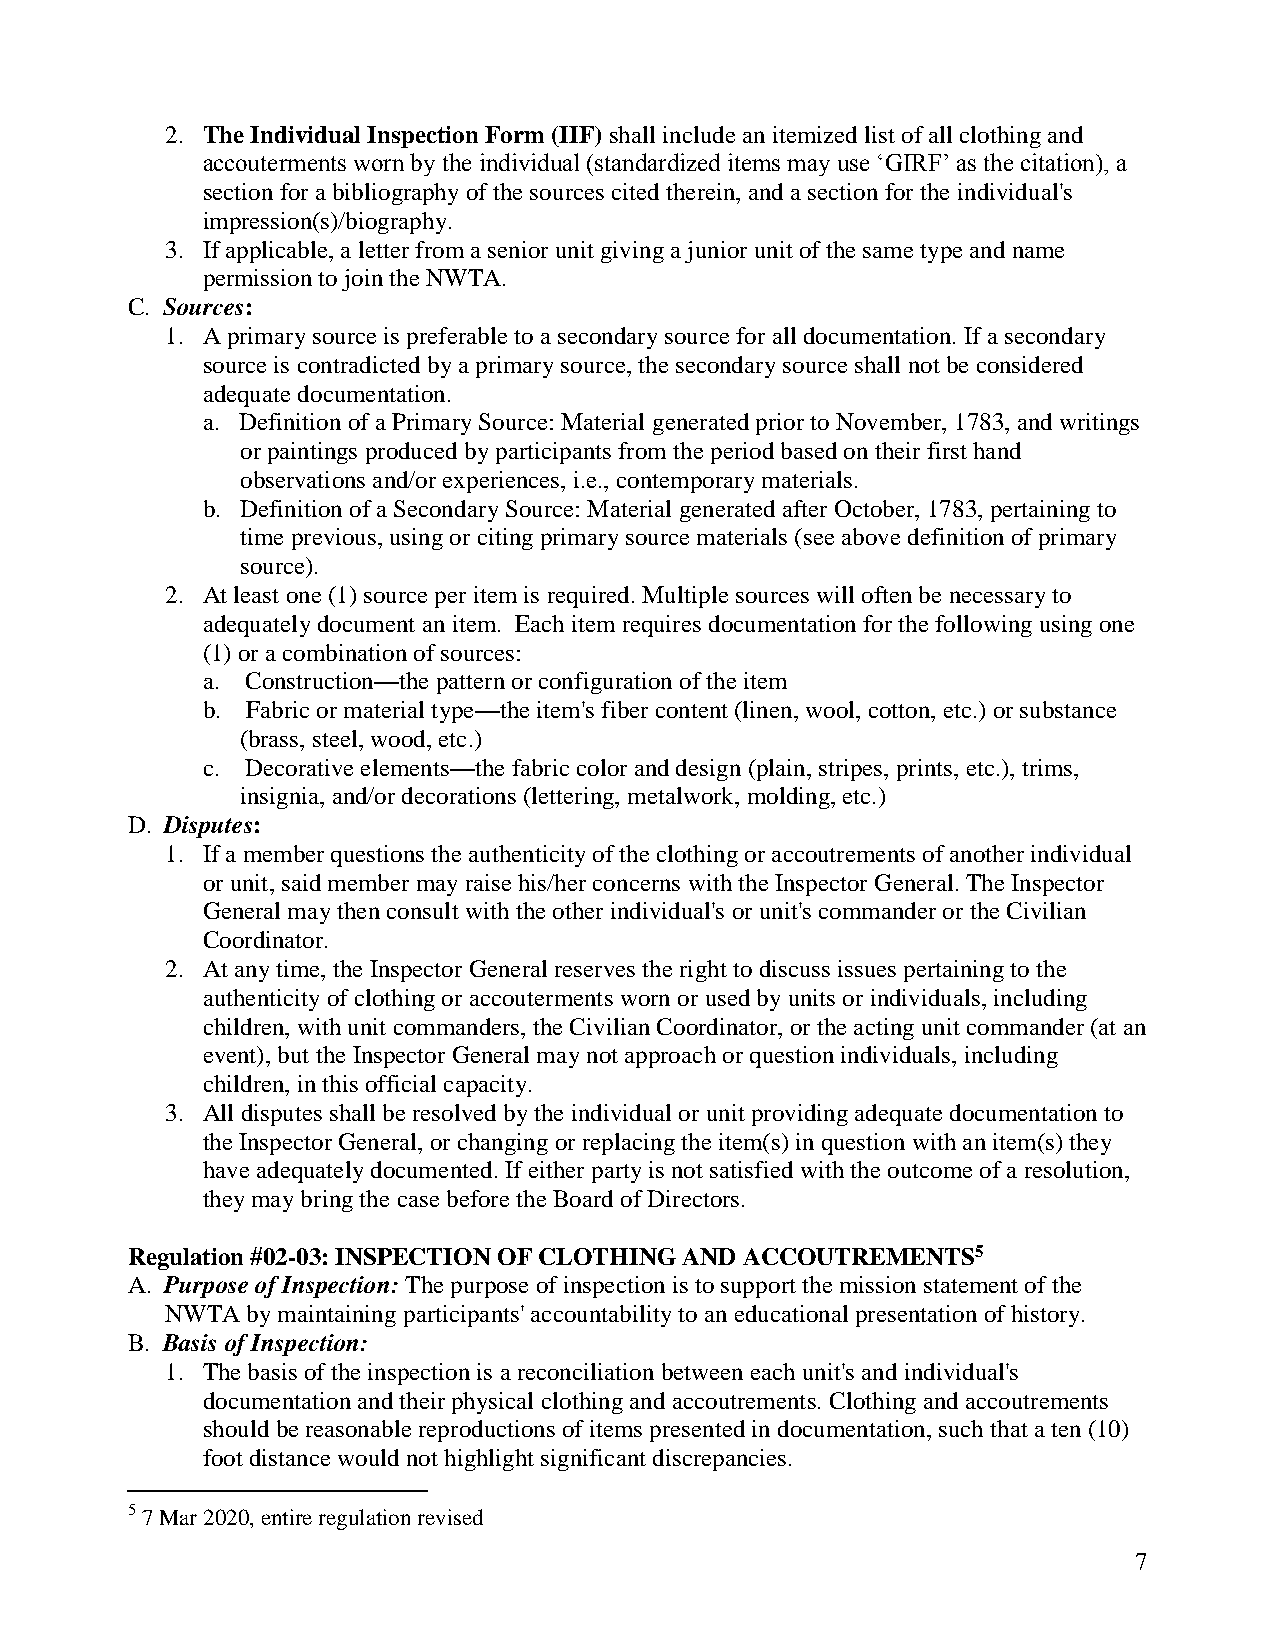
2. The Individual Inspection Form (IIF) shall include an itemized list of all clothing and
 accouterments worn by the individual (standardized items may use ‘GIRF’ as the citation), a
 section for a bibliography of the sources cited therein, and a section for the individual's
 impression(s)/biography.
 3. If applicable, a letter from a senior unit giving a junior unit of the same type and name
 permission to join the NWTA.
 C. Sources:
 1. A primary source is preferable to a secondary source for all documentation. If a secondary
 source is contradicted by a primary source, the secondary source shall not be considered
 adequate documentation.
 a. Definition of a Primary Source: Material generated prior to November, 1783, and writings
 or paintings produced by participants from the period based on their first hand
 observations and/or experiences, i.e., contemporary materials.
 b. Definition of a Secondary Source: Material generated after October, 1783, pertaining to
 time previous, using or citing primary source materials (see above definition of primary
 source).
 2. At least one (1) source per item is required. Multiple sources will often be necessary to
 adequately document an item. Each item requires documentation for the following using one
 (1) or a combination of sources:
 a. Construction—the pattern or configuration of the item
 b. Fabric or material type—the item's fiber content (linen, wool, cotton, etc.) or substance
 (brass, steel, wood, etc.)
 c. Decorative elements—the fabric color and design (plain, stripes, prints, etc.), trims,
 insignia, and/or decorations (lettering, metalwork, molding, etc.)
 D. Disputes:
 1. If a member questions the authenticity of the clothing or accoutrements of another individual
 or unit, said member may raise his/her concerns with the Inspector General. The Inspector
 General may then consult with the other individual's or unit's commander or the Civilian
 Coordinator.
 2. At any time, the Inspector General reserves the right to discuss issues pertaining to the
 authenticity of clothing or accouterments worn or used by units or individuals, including
 children, with unit commanders, the Civilian Coordinator, or the acting unit commander (at an
 event), but the Inspector General may not approach or question individuals, including
 children, in this official capacity.
 3. All disputes shall be resolved by the individual or unit providing adequate documentation to
 the Inspector General, or changing or replacing the item(s) in question with an item(s) they
 have adequately documented. If either party is not satisfied with the outcome of a resolution,
 they may bring the case before the Board of Directors.
 Regulation #02-03: INSPECTION OF CLOTHING AND ACCOUTREMENTS5
 A. Purpose of Inspection: The purpose of inspection is to support the mission statement of the
 NWTA by maintaining participants' accountability to an educational presentation of history.
 B. Basis of Inspection:
 1. The basis of the inspection is a reconciliation between each unit's and individual's
 documentation and their physical clothing and accoutrements. Clothing and accoutrements
 should be reasonable reproductions of items presented in documentation, such that a ten (10)
 foot distance would not highlight significant discrepancies.
 5 7 Mar 2020, entire regulation revised
 7